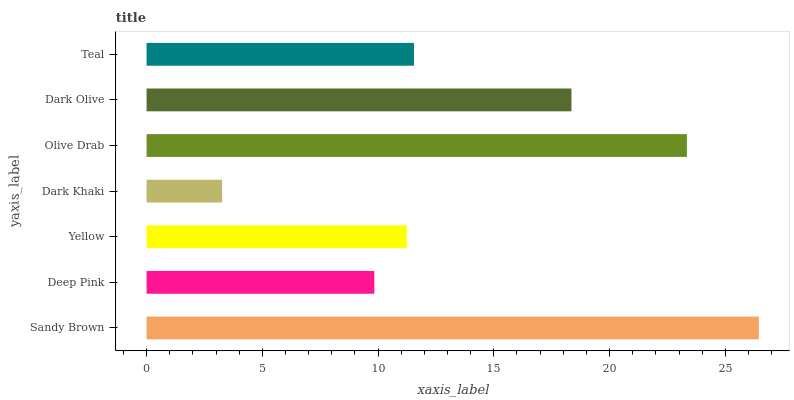
| yaxis_label | bars |
 | --- | --- |
 | Sandy Brown | 26.5 |
 | Deep Pink | 9.84 |
 | Yellow | 11.2 |
 | Dark Khaki | 3.26 |
 | Olive Drab | 23.3 |
 | Dark Olive | 18.4 |
 | Teal | 11.6 |